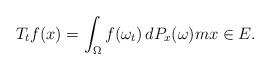
LaTeX: \begin{align*}T_tf(x)=\int_{\Omega}f(\omega_t)\,dP_x(\omega)mx\in E.\end{align*}